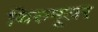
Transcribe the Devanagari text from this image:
थिरुमूलर